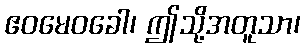
ဧဝမေဝခေါ၊ ဤသို့အတူသာ၊